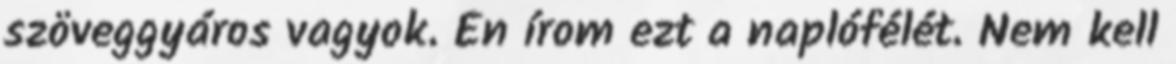
szöveggyáros vagyok. Én írom ezt a naplófélét. Nem kell